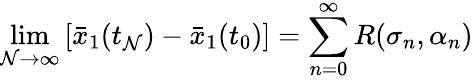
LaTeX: \operatorname*{lim}_{\mathcal{N}\to\infty}\left[\bar{{x}}_{1}(t_{\mathcal{N}})-\bar{{x}}_{1}(t_{0})\right]=\sum_{n=0}^{\infty}R(\sigma_{n},\alpha_{n})